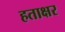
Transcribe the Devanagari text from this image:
हताक्षर